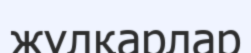
жұлқарлар